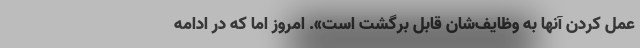
عمل کردن آنها به وظایف‌شان قابل برگشت است». امروز اما که در ادامه